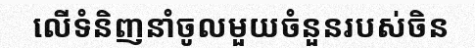
លើទំនិញនាំចូលមួយចំនួនរបស់ចិន